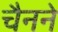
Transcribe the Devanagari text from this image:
चैनने